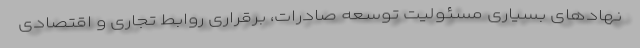
نهادهای بسیاری مسئولیت توسعه صادرات، برقراری روابط تجاری و اقتصادی